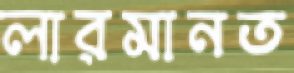
লারমানত